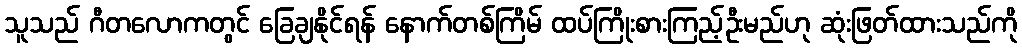
သူသည် ဂီတလောကတွင် ခြေချနိုင်ရန် နောက်တစ်ကြိမ် ထပ်ကြိုးစားကြည့်ဦးမည်ဟု ဆုံးဖြတ်ထားသည်ကို